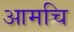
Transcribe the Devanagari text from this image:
आमचि